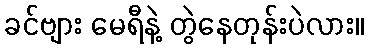
ခင်ဗျား မေရီနဲ့ တွဲနေတုန်းပဲလား။